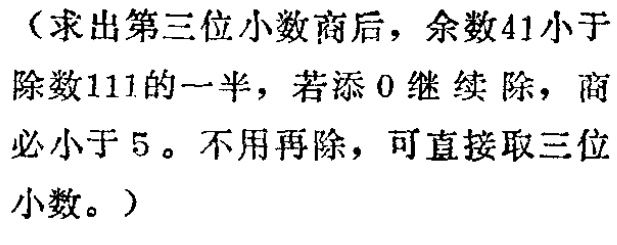
（求出第三位小数商后，余数41小于除数111的一半，若添0继续除，商必小于5。不用再除，可直接取三位小数。）